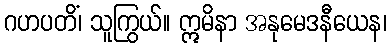
ဂဟပတိံ၊ သူကြွယ်။ ဣမိနာ အနုမေဒနီယေန၊